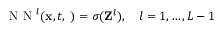
\begin{array} { r } { \mathrm { ~ N ~ N ~ } ^ { l } ( { \bf x } , t , { \bf \phi } ) = \sigma ( { \bf Z } ^ { l } ) , ~ ~ ~ l = 1 , \ldots , L - 1 } \end{array}